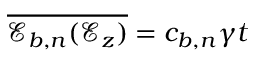
\overline { { { \mathscr { E } _ { b , n } } ( \mathcal { E } _ { z } ) } } = c _ { b , n } \gamma t